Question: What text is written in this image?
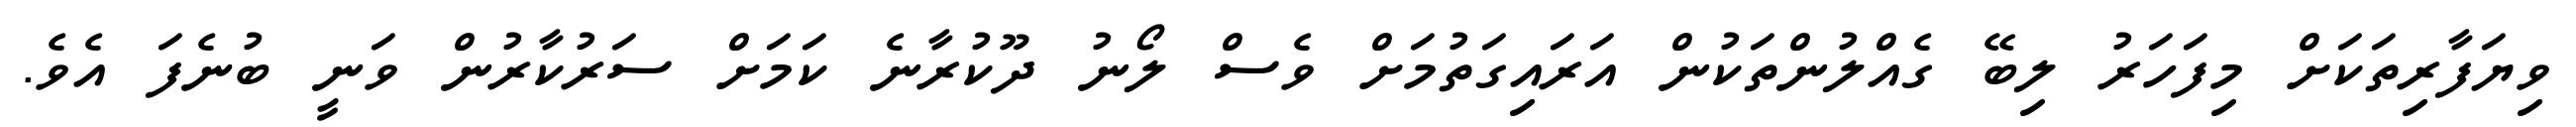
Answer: ވިޔަފާރިތަކަށް މިފަހަރު ލިބޭ ގެއްލުންތަކުން އަރައިގަތުމަށް ވެސް ލޯނު ދޫކުރާނެ ކަމަށް ސަރުކާރުން ވަނީ ބުނެފަ އެވެ.